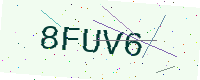
Text: 8FUV6